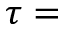
\tau =